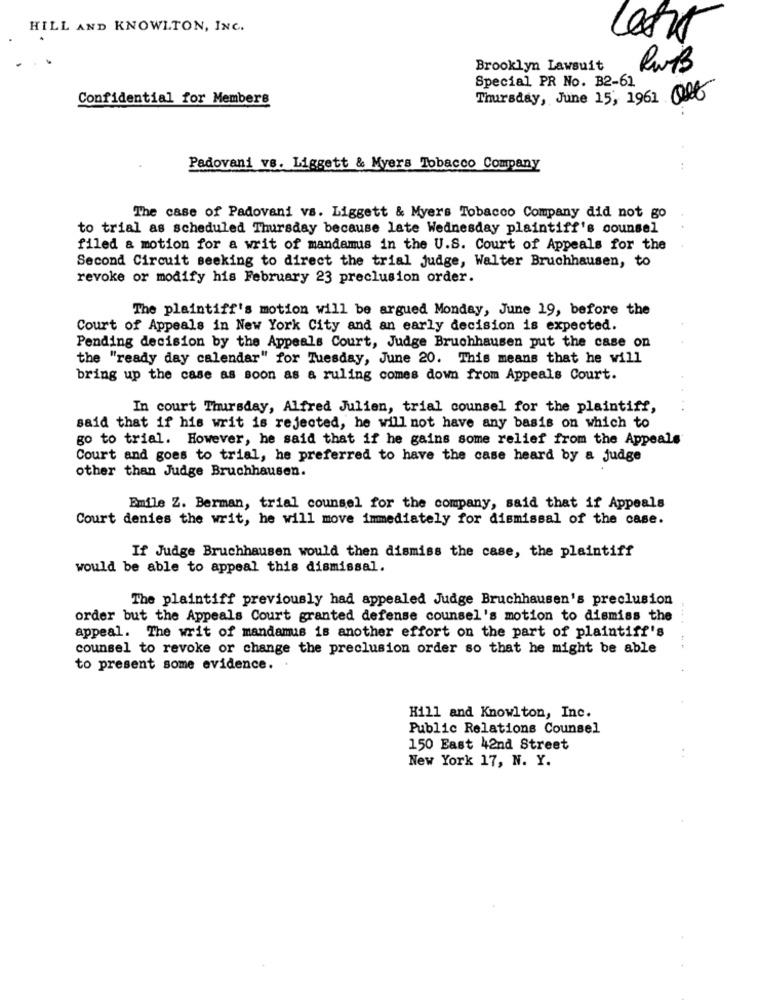
HILL AND KNOWLTON, INC.
Brooklyn Lawsuit
RUMB
Special PR No. B2-61
Confidential for Members
Thursday, June 15, 1961 Ql
Padovani vs. Liggett & Myers Tobacco Company
The case of Padovani vs. Liggett & Myers Tobacco Company did not go
to trial as scheduled Thursday because late Wednesday plaintiff's counsel
filed a motion for a writ of mandamus in the U.S. Court of Appeals for the
Second Circuit seeking to direct the trial judge, Walter Bruchhausen, to
revoke or modify his February 23 preclusion order.
The plaintiff's motion will be argued Monday, June 19, before the
Court of Appeals in New York City and an early decision is expected.
Pending decision by the Appeals Court, Judge Bruchhausen put the case on
the "ready day calendar" for Tuesday, June 20. This means that he will
bring up the case as soon as a ruling comes down from Appeals Court.
In court Thursday, Alfred Julien, trial counsel for the plaintiff,
said that if his writ is rejected, he will not have any basis on which to
go to trial. However, he said that if he gains some relief from the Appeals
Court and goes to trial, he preferred to have the case heard by a judge
other than Judge Bruchhausen.
Emile Z. Berman, trial counsel for the company, said that if Appeals
Court denies the writ, he will move immediately for dismissal of the case.
If Judge Bruchhausen would then dismiss the case, the plaintiff
would be able to appeal this dismissal.
The plaintiff previously had appealed Judge Bruchhausen's preclusion
order but the Appeals Court granted defense counsel's motion to dismiss the
....
appeal. The writ of mandamus is another effort on the part of plaintiff's
counsel to revoke or change the preclusion order so that he might be able
to present some evidence.
Hill and Knowlton, Inc.
Public Relations Counsel
150 East 42nd Street
New York 17, N. Y.